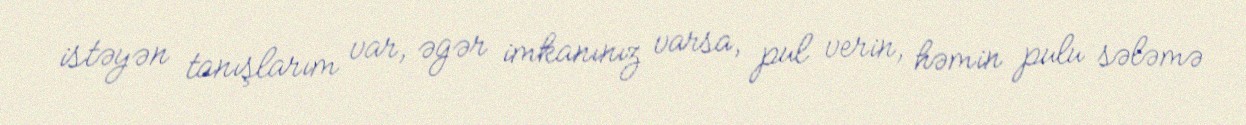
istəyən tanışlarım var, əgər imkanınız varsa, pul verin, həmin pulu sələmə